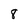
Character: 8